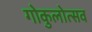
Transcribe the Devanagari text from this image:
गोकुलोत्सव